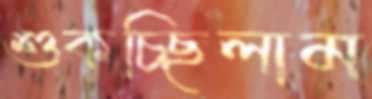
শুকচ্ছিলাম